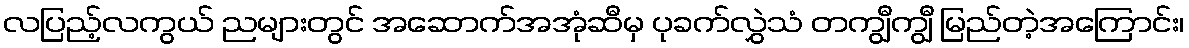
လပြည့်လကွယ် ညများတွင် အဆောက်အအုံဆီမှ ပုခက်လွှဲသံ တကျွီကျွီ မြည်တဲ့အကြောင်း၊